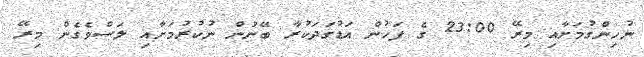
ނުހިންގުމަށާއި މިރޭ 23:00 ގެ ފަހުން އަޑުގަދަކުރާ ބޭނުން ނުކުރުމަށާއި ލަސްވެގެން މިރޭ